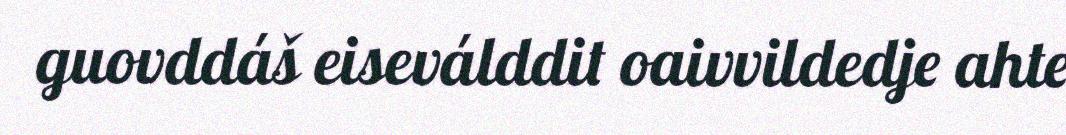
guovddáš eiseválddit oaivvildedje ahte